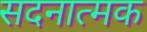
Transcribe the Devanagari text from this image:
सदनात्मक